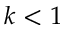
k < 1